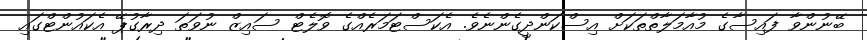
ބޭނުންވާ ފައިސާގެ މުއާމަލާތްތަކަށް އިސްކަންދީގެންނެވެ. އެކަސްޓަމަރެއްގެ ވޮލެޓް ސައިޒް ނުވަތަ ދިރާގުޕޭ އެކައުންޓްގައި